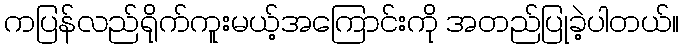
ကပြန်လည်ရိုက်ကူးမယ့်အကြောင်းကို အတည်ပြုခဲ့ပါတယ်။